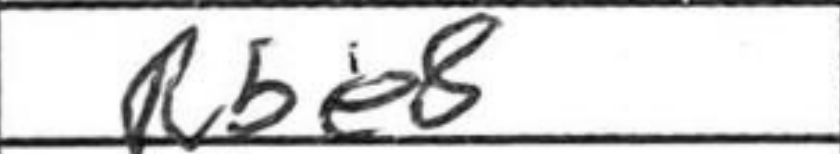
Transcription: Rbe8